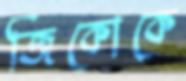
জিকোকে